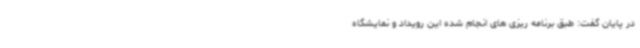
در پایان گفت: طبق برنامه ریزی های انجام شده این رویداد و نمایشگاه